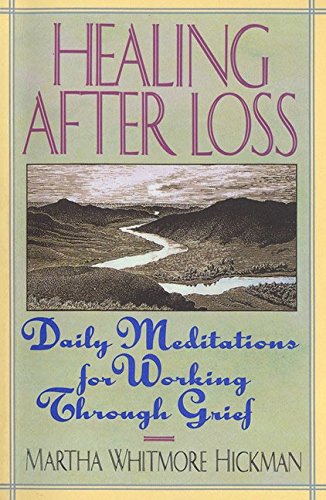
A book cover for Healing After Loss: Daily Meditations For Working Through Grief; Martha Whitmore Hickman; Self-Help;